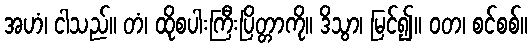
အဟံ၊ ငါသည်။ တံ၊ ထိုစပါးကြီးပြိတ္တာကို။ ဒိသွာ၊ မြင်၍။ ဝတ၊ စင်စစ်။